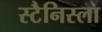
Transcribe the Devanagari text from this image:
स्टैनिस्ला